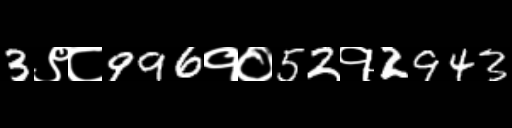
Text: 3९८996१०52१2943